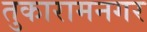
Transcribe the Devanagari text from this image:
तुकारामनगर